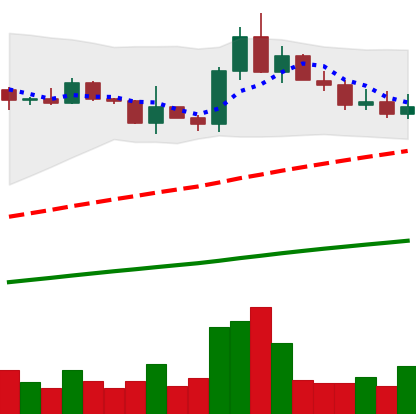
Ticker: ADA-USD
Chart end date: 2021-03-25
Forward return: 10.144%
Label: up_7plus